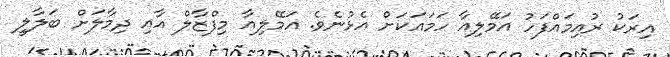
އިރަކު ރުއިމައްފަހު އަމޭލިއާ ހަމައަކަށް އެޅުނެވެ. އަމޭލިއާ މިފްޒާލް އާއި ދިމާލަށް ބަލާލީ